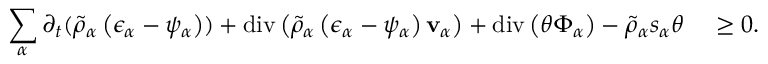
\begin{array} { r l } { \displaystyle \sum _ { \alpha } \partial _ { t } ( \tilde { \rho } _ { \alpha } \left( \epsilon _ { \alpha } - \psi _ { \alpha } \right) ) + \mathrm { d i v } \left( \tilde { \rho } _ { \alpha } \left( \epsilon _ { \alpha } - \psi _ { \alpha } \right) \mathbf { v } _ { \alpha } \right) + \mathrm { d i v } \left( \theta \boldsymbol { \Phi } _ { \alpha } \right) - \tilde { \rho } _ { \alpha } s _ { \alpha } \theta } & { ~ \geq 0 . } \end{array}